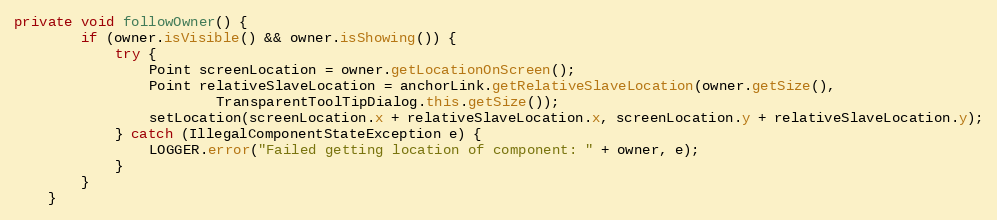
Language: Java
private void followOwner() {
        if (owner.isVisible() && owner.isShowing()) {
            try {
                Point screenLocation = owner.getLocationOnScreen();
                Point relativeSlaveLocation = anchorLink.getRelativeSlaveLocation(owner.getSize(),
                        TransparentToolTipDialog.this.getSize());
                setLocation(screenLocation.x + relativeSlaveLocation.x, screenLocation.y + relativeSlaveLocation.y);
            } catch (IllegalComponentStateException e) {
                LOGGER.error("Failed getting location of component: " + owner, e);
            }
        }
    }